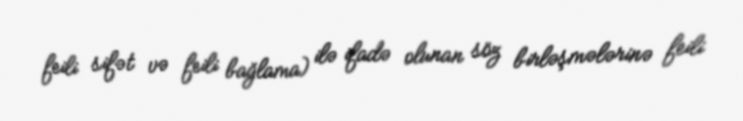
feili sifət və feili bağlama) ilə ifadə olunan söz birləşmələrinə feili